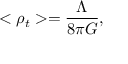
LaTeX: < \rho _ { t } > = \frac { \Lambda } { 8 \pi G } ,